Epidemic dropsy in Calcutta - Number 45
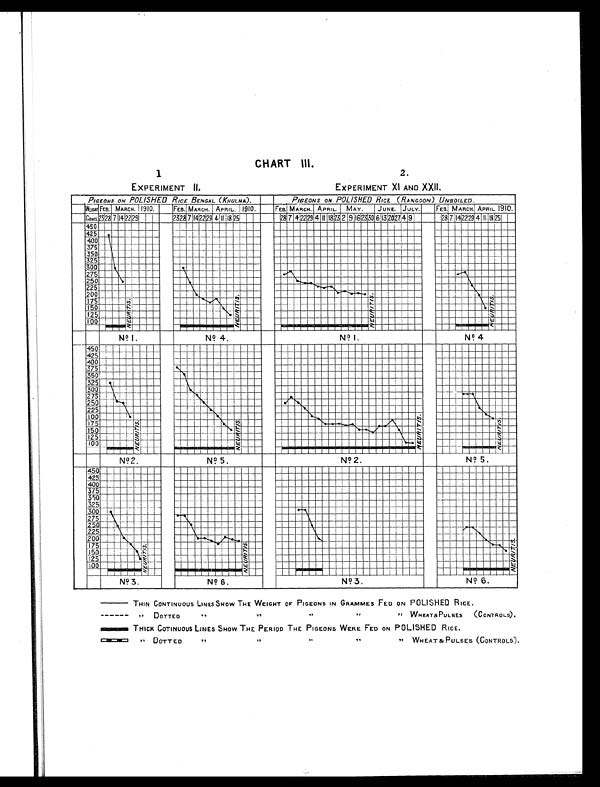
CHART Ill.
1
EXPERIMENT II.
2 .
EXPERIMENT XI AND XXII.
THIN CONTINUOUS LINES SNOW THE WEIGHT OF PIGEONS IN GRAMMES FED ON POLISHED RICE.
,, DOTTED ,, ,, ,, ,,WHEAT& PULSES (CONTROLS).
THICK COTINUOUS LINES SHOW THE PERIOD THE PIGEONS WERE FED ON POLISHED RICE.
,, DOTTED
,,
,,
,, WHEAT & PULSES (CONTROLS).